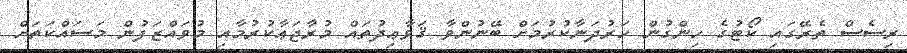
ރިސެސް ތެރޭގައި ކޯޓުގެ ހިންގުން ހަރުދަނާކުރުމަށް ބޭނުންވާ ޤަވާޢިދުތައް މުރާޖަޢާކުރުމާއި މުވައްޒަފުން މަސައްކަތަށް